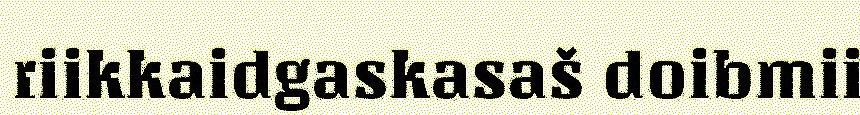
riikkaidgaskasaš doibmii